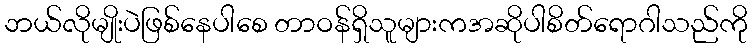
ဘယ်လိုမျိုးပဲဖြစ်နေပါစေ တာဝန်ရှိသူများကအဆိုပါစိတ်ရောဂါသည်ကို